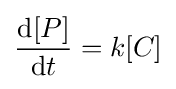
{\frac {{\text{d}}[P]}{{\text{d}}t}}=k[C]